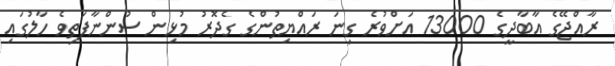
ރާއްޖޭގެ އާބާދީގެ 13000 އަށްވުރެ ގިނަ ރައްޔިތުންގެ ގެދޮރު މުޅިން ސުންނާފަތިވެ ހާލުގައި